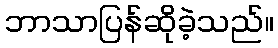
ဘာသာပြန်ဆိုခဲ့သည်။